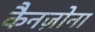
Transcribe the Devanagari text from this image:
कैनज़ोना